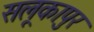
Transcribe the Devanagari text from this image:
सलूकापुर